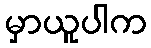
မှာယူပါက